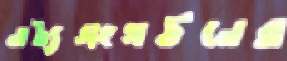
নাট্যসংগঠনের